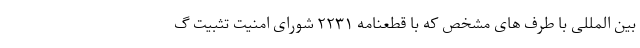
بین المللی با طرف های مشخص که با قطعنامه ۲۲۳۱ شورای امنیت تثبیت گ